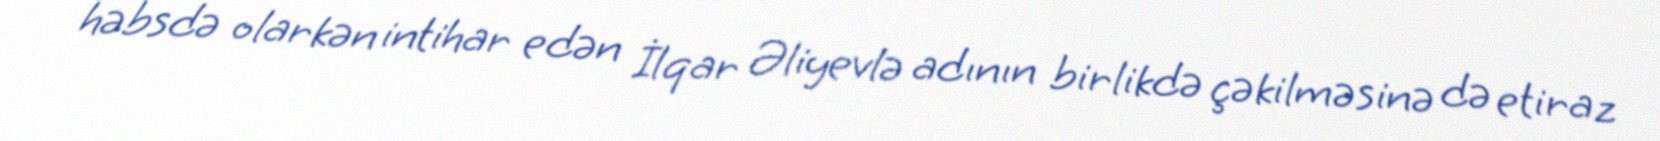
həbsdə olarkən intihar edən İlqar Əliyevlə adının birlikdə çəkilməsinə də etiraz